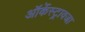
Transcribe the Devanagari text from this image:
ऑर्केस्ट्रावजा